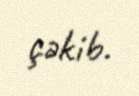
çəkib.